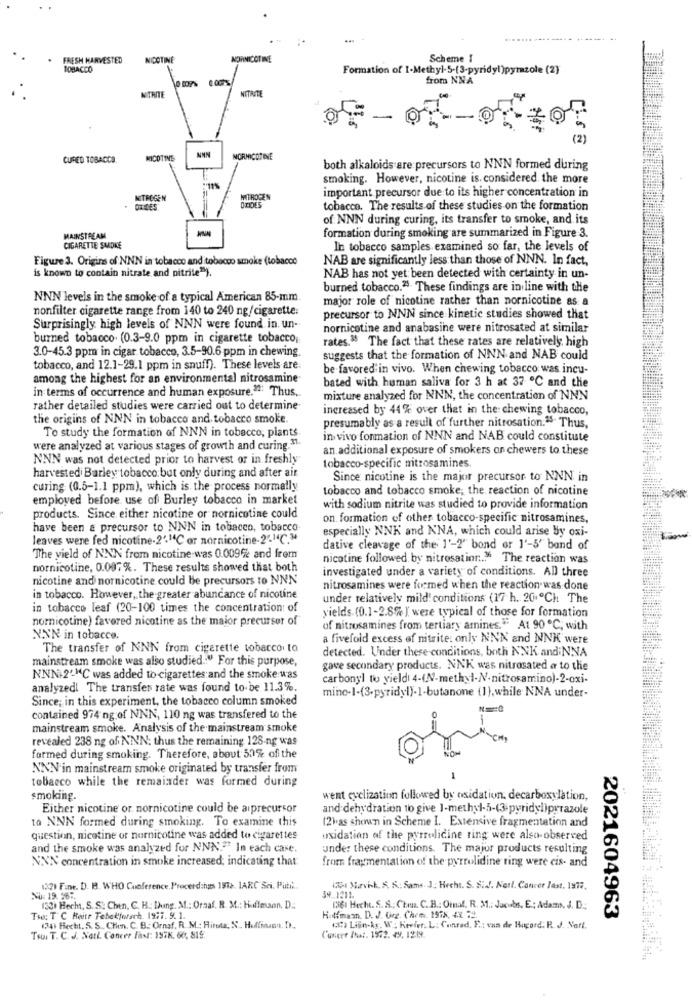
FRESH HARVESTED
NICOTINE
NORNICOTINE
Scheme I
TOBACCO
Formation of 1-Methyl-5-(3-pyridyl)pytazole (2)
from NNA
METIITE
WIRITE
CURED TOBACCO
NICOTINE
NORNICOTINE
both alkaloids are precursors to NNN formed during
smoking. However, nicotine is. considered, the more
NITROGEN
MITROCEN
OXIDES
important precursor due to its higher concentration in
ORELES
tobacco. The results of these studies on the formation
of NNN during curing, its transfer to smoke, and its
formation during smoking are summarized in Figure 3.
MAINSTREAM
CIGARETTE SMOKE
In tobacco samples examined so far, the levels of
Figure 3. Origins of NNN in tobacco and tobacco smoke (tobacco
NAB are significantly less than those of NNN. In fact,
is known to contain nitrate and nitrite").
NAB has not yet been detected with certainty in un-
burned tobacco.25 These findings are in line with the
NNN levels in the smoke of a typical American 85-mm
major role of nicotine rather than nornicotine as a
nonfilter cigarette range from 140 to 240 ng/cigarette:
precursor to NNN since kinetic studies showed that
Surprisingly high levels of NNN were found in. un-
nornicotine and anabasine were nitrosated at similar
burned tobacco. (0.3-9.0 ppm in cigarette tobacco,
rates.15 The fact that these rates are relatively, high
3.0-45.3 ppm in cigar tobacco, 3.5-90.6 ppm in chewing.
suggests that the formation of NNN and NAB could
tobacco, and 12.1-29.1 ppm in snuff). These levels are:
be favored in vivo. When chewing tobacco was incu-
among the highest for an environmental nitrosamine
bated with human saliva for 3 h at 37 ℃ and the
in terms of occurrence and human exposure.": Thus ..
mixture analyzed for NNN, the concentration of NNN
rather detailed studies were carried out to determine
increased by 44 % over that in the chewing tobacco,
the origins of NNN in tobacco and tobacco smoke.
presumably as a result of further nitrosation."" Thus,
To study the formation of NNN in tobacco, plants
in vivo formation of NNN and NAB could constitute
were analyzed at various stages of growth and curing.31.
an additional exposure of smokers on chewers to these
NNN was not detected prior to harvest or in freshly
harvestedi Barley tobacco.but only during and after air
tobacco-specific nitrosamines
Since nicotine is the major precursor to NNN in
curing (0.5-1.1 ppm), which is the process normally
tobacco and tobacco smoke; the reaction of nicotine
employed before use of Burley tobacco in market
with sodium nitrite was studied to provide information
products. Since either nicotine or nornicotine could
on formation of other tobacco-specific nitrosamines,
have been & precursor to NNN in tobacco, tobacco
especially NNK and N'NA, which could arise by oxi-
leaves were fed nicotine-2'"C or nornicotine-2'"4℃."
dative cleavage of the 1'-2' bond or 1'-5' band of
The yield of NNN from nicotine was 0.009% and frem
nicotine followed by nitrosatinn .. " The reaction was
nornicotine, 0.007%. These results showed that both
investigated under a variety of conditions. All three
nicotine and nornicotine could be precursors to NNN
nitrosamines were formed when the reaction was done
in tobacco. However, the greater abundance of nicotine
under relatively mild! conditions (17 h. 20. ºCh The
in tobacco leaf (20-100 times the concentration of
yields. (0.1-2.8%) were typical of those for formation
nornicotine) favored nicotine as the maior precursor of
of nitrosamines from tertiary amines." At 90℃, with
XXN in tobacco.
a fivefold excess of nitrite. only NNN and NNK were
The transfer of NNN from cigarette tobacco to
detected. Under these conditions, both NNK and;NNA
mainstream smoke was also studied .: " For this purpose,
gave secondary products. NNK was nitrosated a to the
NNNI2"-"C was added to cigarettes:and the smoke was
carbonyl to yield 4-(N-methyl-N-nitrosamino)-2-oxi-
analyzedi The transfer rate was found to be 11.3%.
mino-1-(3.pyridyl)-1-butanone (1}, while NNA under-
Since; in this experiment, the tobacco column smoked
contained 974 ng of NNN, 110 ng was transfered to the
mainstream smoke. Analysis of the mainstream smoke
revealed 238 ng of NNN: thus the remaining 128-ng was
NON
formed during smoking. Therefore, about 50% of the
NNN'in mainstream smoke originated by transfer from
tobacco while the remainder was formed during
smoking.
went cyclization followed by oxidation. decarboxylation,
Either nicotine or nornicotine could be aiprecursor
and dehydration to give 1-methyl-5-(3-pyridyDprrazole
to NNN formed during smoking. To examine this
(2).as shown in Scheme I. Extensive fragmentation and
question, nicotine or nurnicotine was added to cigarettes
usidation of the pyrrolidine ring were also-observed
and the smoke was analyzed for NNN."" In each case.
under these conditions. The major products resulting
NXN concentration in smoke increased; indicating that
from fragmentation of the pyrrolidine ring were cis- and
122) Fine. D. BB. WHO Conference. Procerd:hzs 1516. IARC Sci. Putit.
1351 Movik. A. S .: Sams. J. Hecht. S. Sid'. Notl. Concer last, 1977.
NU: 19. 567.
153) Hecht, S. S. Chen, C. H .: Dung. M .: Oraaf. R. M .: Huffmann, D.
1361 Hecht. S. S .; Chm. C. B .: Ommal. R. M .: Jacobs, E .; Adams, J. D.
Tso: T C Beitr Tebakforsch. 1977. 9. 1.
Hudfinam. D. J. Gre. Chem. 1978, 4X =2.
2021604963
(24) Hecht. S. S. Chen. C. B: Ornaf. R. M .: Hirota, N. Huffinnn. D .,
(o) Lijn-Ag. W. Keefer. L: Conrad. F .: van de Hucard: R. J. Vatt.
Tsui T. C. J. Notl. Cancer fast: 1978. 60, 815.
Corere Ita :. 1572. 49, 12:19.